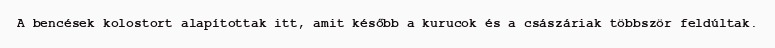
A bencések kolostort alapítottak itt, amit később a kurucok és a császáriak többször feldúltak.